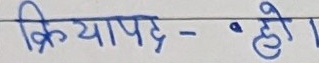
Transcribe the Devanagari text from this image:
क्रियापद - • हो।